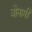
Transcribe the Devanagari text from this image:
बोनामी